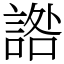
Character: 䛮